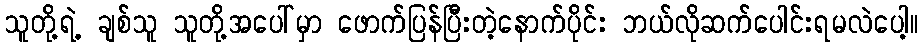
သူတို့ရဲ့ ချစ်သူ သူတို့အပေါ်မှာ ဖောက်ပြန်ပြီးတဲ့နောက်ပိုင်း ဘယ်လိုဆက်ပေါင်းရမလဲပေါ့။